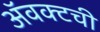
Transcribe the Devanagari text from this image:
ॲवक्टची